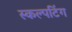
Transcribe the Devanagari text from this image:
स्कल्पटिंग